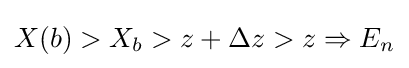
X(b)>X_{b}>z+\Delta z>z\Rightarrow E_{n}